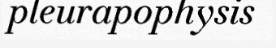
pleurapophysis